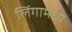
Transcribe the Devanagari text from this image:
लिंगामध्ये